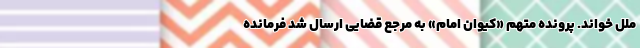
ملل خواند. پرونده متهم «کیوان امام» به مرجع قضایی ارسال شد فرمانده